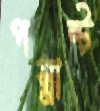
পস্নান্ট